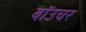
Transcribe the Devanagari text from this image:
बॉउचर